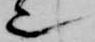
也